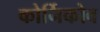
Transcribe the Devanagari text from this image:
कोर्निकोव